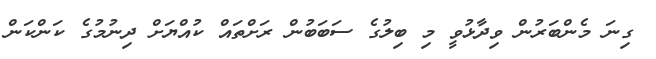
ގިނަ މެންބަރުން ވިދާޅުވީ މި ބިލުގެ ސަބަބުން ރަށްތައް ކުއްޔަށް ދިނުމުގެ ކަންކަން